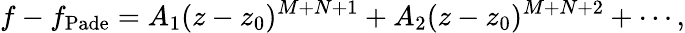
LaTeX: f-f_{\mathrm{Pade}}=A_{1}(z-z_{0})^{M+N+1}+A_{2}(z-z_{0})^{M+N+2}+\cdots,